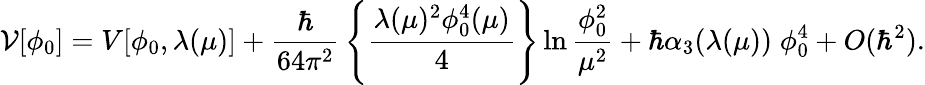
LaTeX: {\cal V}[\phi_{0}]=V[\phi_{0},\lambda(\mu)]+{\frac{\hbar}{64\pi^{2}}}\left\{ {\frac{\lambda(\mu)^{2}\phi_{0}^{4}(\mu)}{4}}\right\} \ln{\frac{\phi_{0}^{2}}{\mu^{2}}}+\hbar\alpha_{3}(\lambda(\mu))\; \phi_{0}^{4}+O(\hbar^{2}).